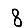
Digit: 8